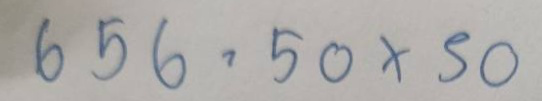
656 = 50 x 50